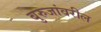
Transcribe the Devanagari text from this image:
बुरुजांवरील